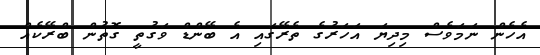
އެހެން ނަމަވެސް މިދިޔަ އަހަރުގެ ތެރޭގައި އެ ބޭންޑް ވަގުތީ ގޮތުން ބްރޭކެއް